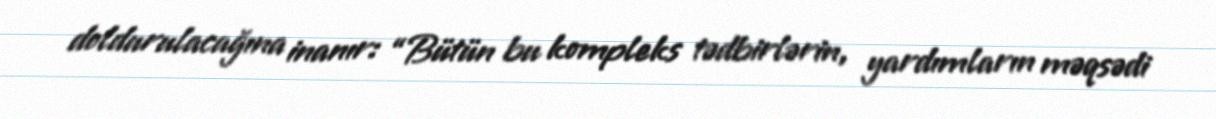
doldurulacağına inanır: “Bütün bu kompleks tədbirlərin, yardımların məqsədi